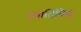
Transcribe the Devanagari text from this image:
ज्योतिविद्